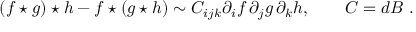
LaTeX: ( f \star g ) \star h - f \star ( g \star h ) \sim C _ { i j k } \partial _ { i } f \, \partial _ { j } g \, \partial _ { k } h , \qquad C = d B \, \, .